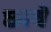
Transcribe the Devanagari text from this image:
छावे